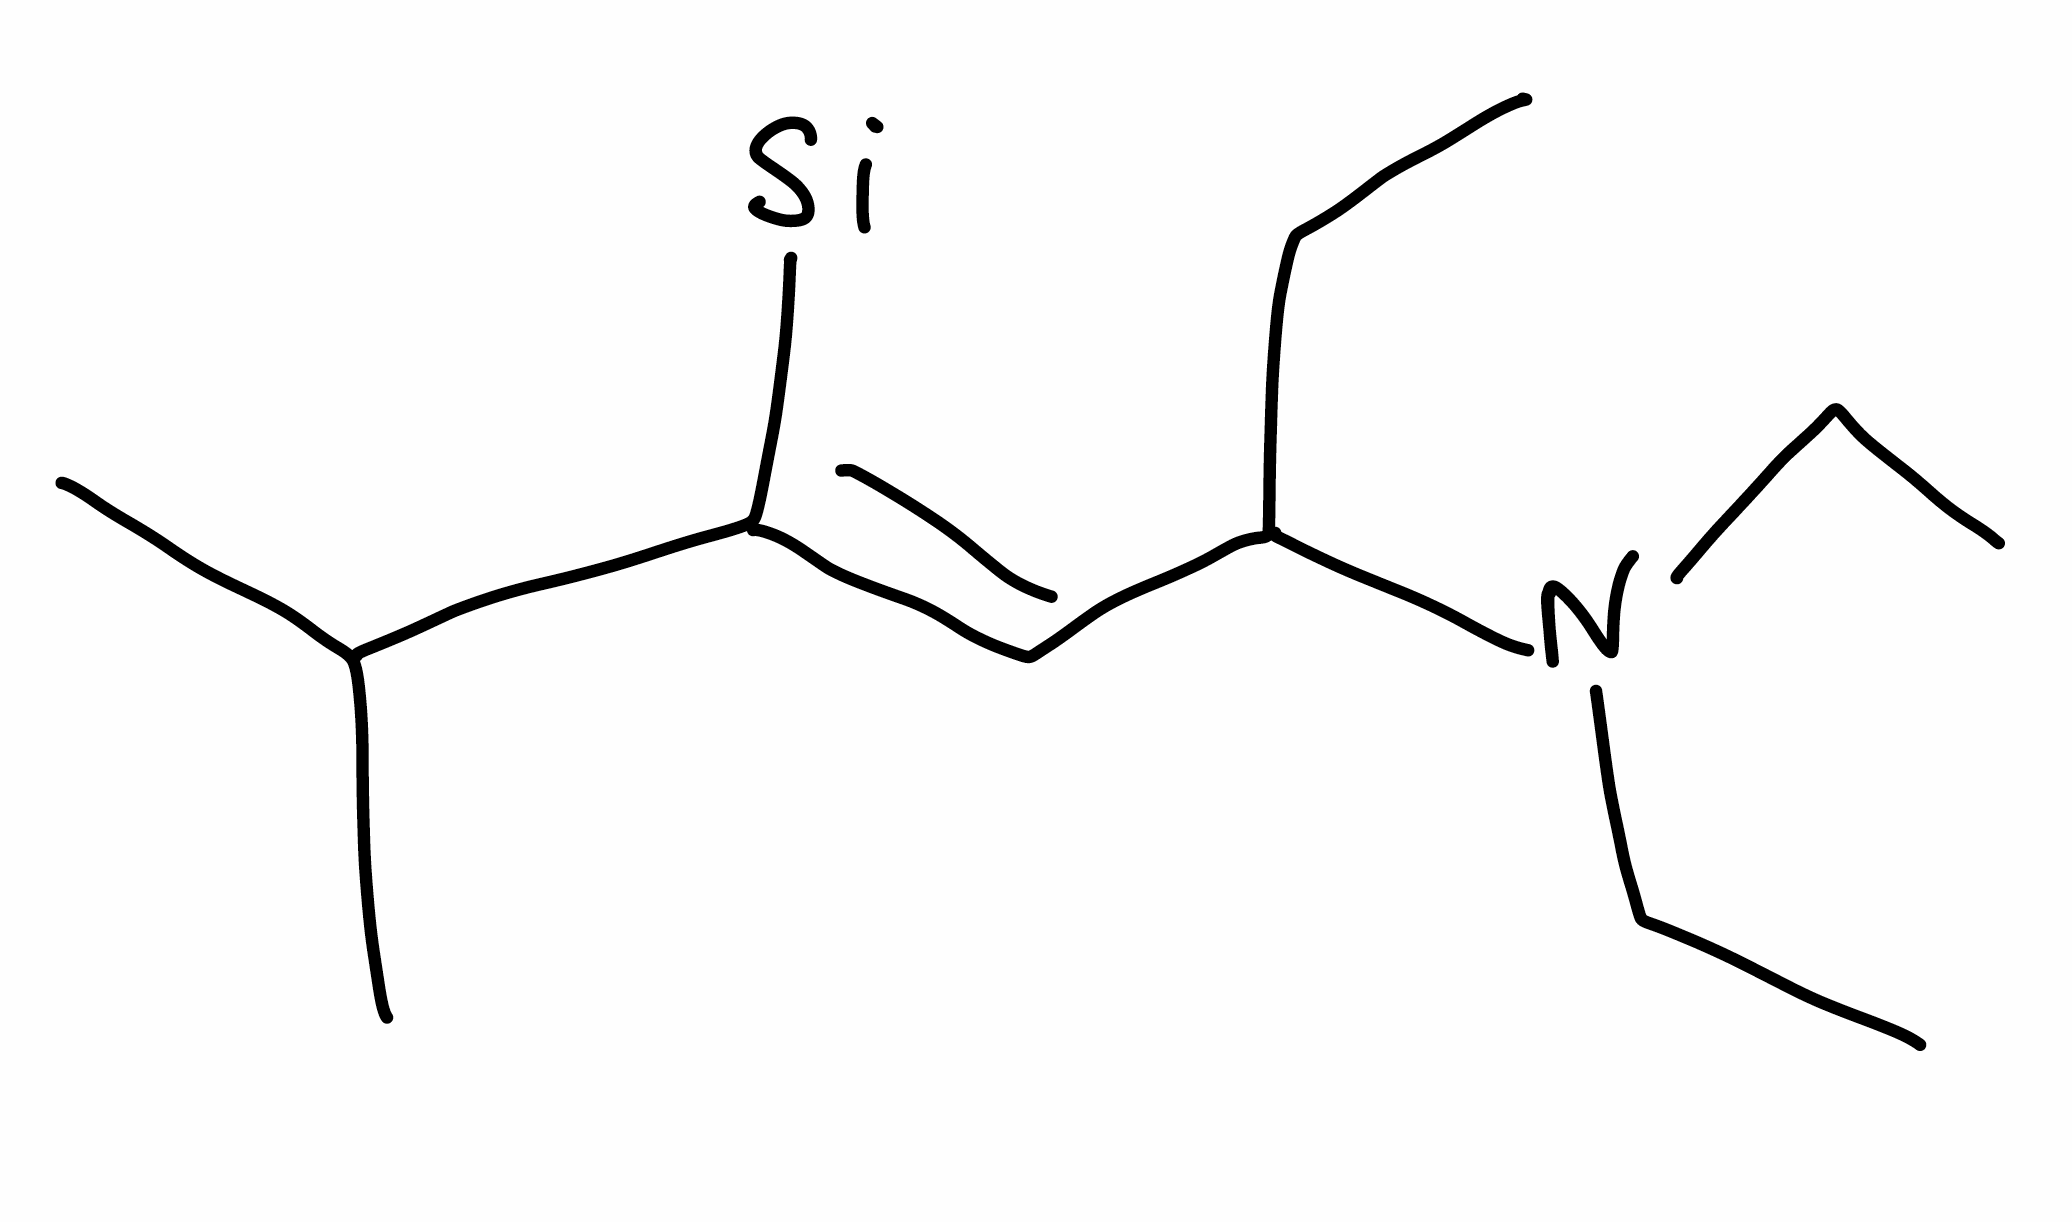
Simplified molecular-input line-entry system (SMILES) notation of the given molecule:
CCC(/C=C(/C(C)C)\[Si])N(CC)CC